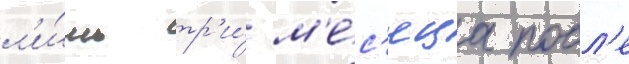
л'и́шь тр'и́ м'е́с'яца посл'е